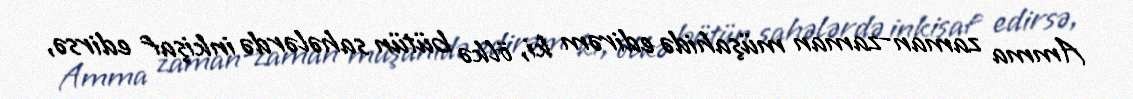
Amma zaman-zaman müşahidə edirəm ki, ölkə bütün sahələrdə inkişaf edirsə,